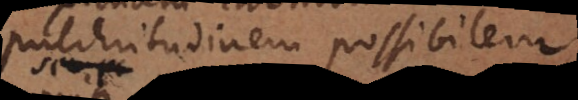
pulchritudinem possibilem.